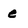
Character: e